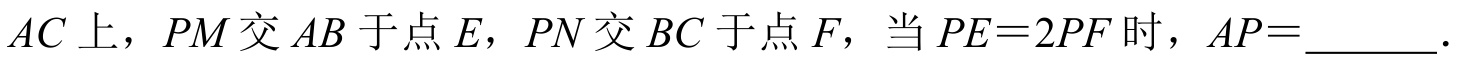
\(AC\)上，\(PM\)交\(AB\)于点\(E\)，\(PN\)交\(BC\)于点\(F\)，当\(PE = 2PF\)时，\(AP=\underline{\quad\quad}\).